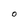
Character: O